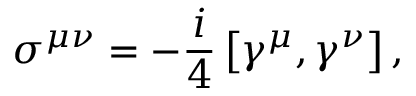
\sigma ^ { \mu \nu } = - { \frac { i } { 4 } } \left[ \gamma ^ { \mu } , \gamma ^ { \nu } \right] ,